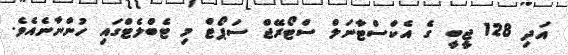
އަދި 128 ޖީބީ ގެ އެކްސްޓާނަލް ސްޓޯރޭޖް ސަޕޯޓް މި ޓެބްލެޓްގައި ހުންނާނެއެވެ.